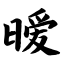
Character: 暧